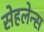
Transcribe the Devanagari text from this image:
सेहलेन्स